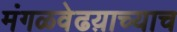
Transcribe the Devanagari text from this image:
मंगळवेढय़ाच्याच